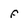
Character: f